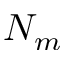
N _ { m }